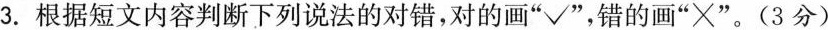
3.根据短文内容判断下列说法的对错，对的画”√”，错的画”×”。(3分）